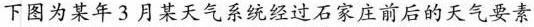
下图为某年3月某天气系统经过石家庄前后的天气要素